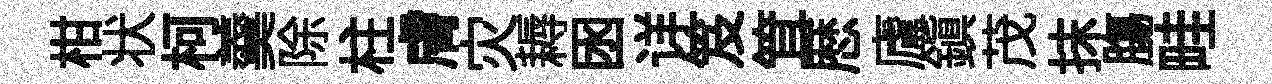
柑状柯羹除柱膚灾耨囦详笈䇯厯廬鎮茂抹膓畦